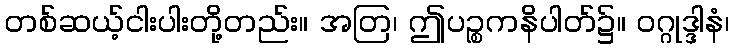
တစ်ဆယ့်ငါးပါးတို့တည်း။ အတြ၊ ဤပဉ္စကနိပါတ်၌။ ဝဂ္ဂုဒ္ဒါနံ၊